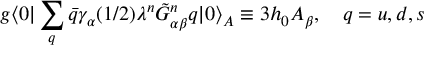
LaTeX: g \langle 0 \vert \sum _ { q } \bar { q } \gamma _ { \alpha } ( 1 / 2 ) \lambda ^ { n } \tilde { G } _ { \alpha \beta } ^ { n } q \vert 0 \rangle _ { A } \equiv 3 h _ { 0 } A _ { \beta } , ~ ~ ~ q = u , d , s